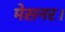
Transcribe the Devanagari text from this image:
मेसनर।